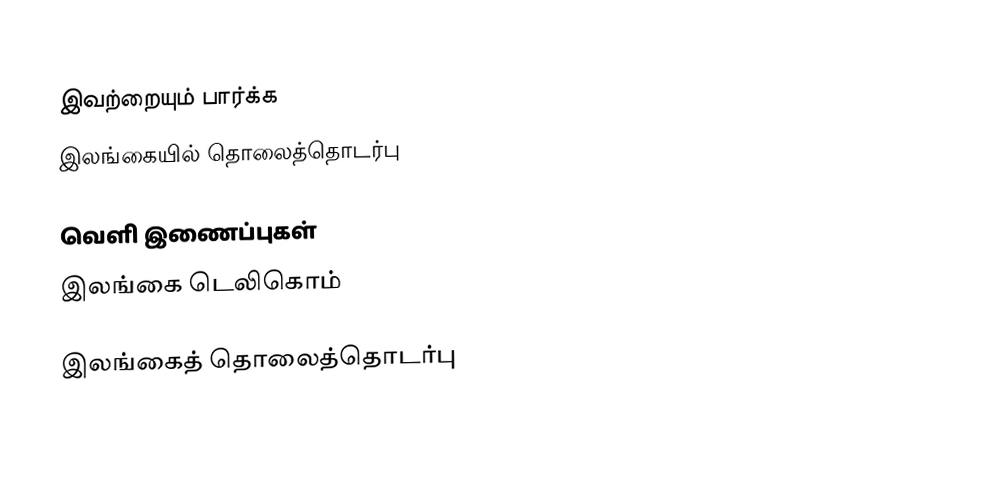

இவற்றையும் பார்க்க
 இலங்கையில் தொலைத்தொடர்பு

வெளி இணைப்புகள்
 இலங்கை டெலிகொம்

இலங்கைத் தொலைத்தொடர்பு